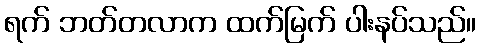
ရက် ဘတ်တလာက ထက်မြက် ပါးနပ်သည်။